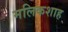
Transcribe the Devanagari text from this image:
मलिकशाह